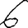
Digit: 6